Tezpur Lunatic Asylum reports 1877-1894 - 1877-1894
Year: 1877
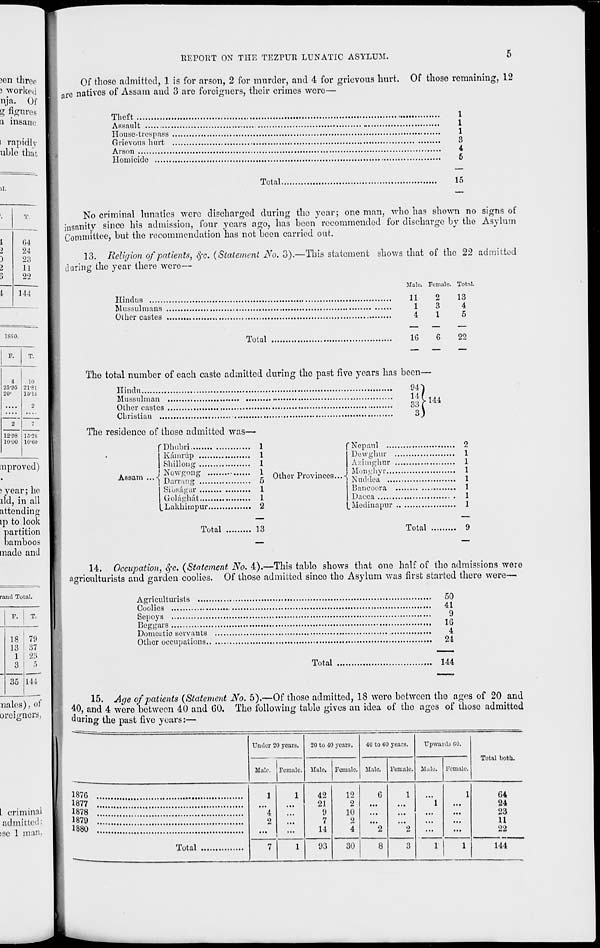
)en three
) worked
nja. Of
g figures
a insane
I rapidly
uble that
ii.
REPORT ON THE TEZPUR LUNATIC ASYLUM.
5
Of those admitted, 1 is for arson, 2 for murder, and 4 for grievous hurt. Of those remaining, 12
a re natives of Assam and 3 are foreigners, their crimes were—
Theft
1
Assault
„
1
House-trespass
1
Grievous hurt
3
Arson
4
Homicide
5
Total
15
T
1
G4
2
24
3
23
I
11
3
22
i
144
18S0.
F.
T.
4
25-35
20-
2
10
21-81
15-15
2
7
12-08
10-uO
16-26
10-60
mproved)
syear; ho
lid, in all
attending
ip to look
partition
bamboos
made and
rand Total.
18
13
1
3
79
37
23
5
144
nales), of
oreignerS;
I criminal
admitted:
ise 1 man,
No criminal lunatics were discharged during the year; one man, who has shown no signs of
insanity since his admission, four years ago, has been recommended for discharge by the Asylum
Committee, but the recommendation has not been carried out.
13. Religion of patients, fyc. (Statement JS r o. 3).—This statement shows that of the 22 admitted
during the year there were—
Male. Female. Tottvl.
Hindus
Mussulmans
Other castes
11
2
13
1
3
4
4
1
5
Total
16
22
The total number of each caste admitted during the past five years has becn-
Hindu
Mussulman
Other castes
Christian ...
144
The residence of those admitted was—
Dhubri
1
K&mrup
1
Shillong
1
Nowgong
1
Darrang
5
Sibsag'ur
1
Gol&gh&t
1
.Lakhimpur
2
Assam
Other Provinces...-
Ncpaul ...
Dewghur
Azimghur
Mpngnyr...
Nuddea ...
Bancoora
Dacca
Medinapur
Total
13
Total
9
14. Occupation, c}c. (Statement No. 4).—This tablo shows that one half of the admissions were
agriculturists and garden coolies. Of those admitted since the Asylum was first started there were—
Agriculturists
Coolies
,-s
Sepoyi
50
41
9
Beggars
10
Domestic servants
,,.
4
Other occupations
,
24
Total
144
Age of patients (Statement No. 5).—Of those admitted, 18 wore between tho ages of 20 and
were between 40 and GO. The following table gives an idea of the ages of thoso admitted
15.
40, and 4
during the past five years:—
Under 20 years.
20 to -10 years.
•10 to 60 years.
Upwards GO.
Male. | Female. Male. Female. Male. Female. Malo. Female.
Total both.
*87G ....
1
"4
0
1
42
21
9
7
14
12
2
10
2
4
G
"2
1
2
"l
1
64
24
23
11
22
1877 ...
1878
1879
*880 ...
Total
7
1
93
30
8
3
1
1
144